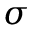
\sigma